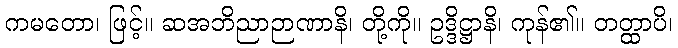
ကမတော၊ ဖြင့်။ ဆအဘိညာဉာဏာနိ၊ တို့ကို။ ဥဒ္ဒိဋ္ဌာနိ၊ ကုန်၏။ တတ္ထာပိ၊